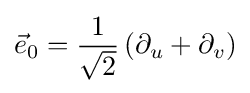
{\vec {e}}_{0}={\frac {1}{\sqrt {2}}}\left(\partial _{u}+\partial _{v}\right)